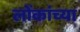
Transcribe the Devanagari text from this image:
लोंकांच्या